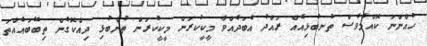
ހުއްންނަ ކޮއްމެވެސް ތުނބުޅިއެއް ރައްދު އެބަދެއްވާ މީކީކުރަން މީކީކުރަން ތުންބުޅި ދިއްކޮގެން ތިބޭބައެއްތަ